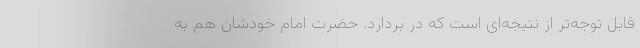
قابل توجه‌تر از نتیجه‌ای است که در بردارد. حضرت امام خودشان هم به